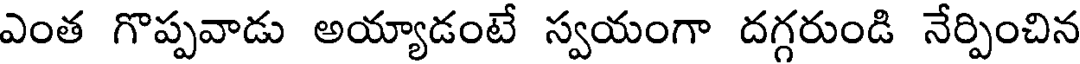
ఎంత గొప్పవాడు అయ్యాడంటే స్వయంగా దగ్గరుండి నేర్పించిన